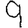
Digit: 9